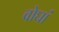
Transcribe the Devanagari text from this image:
वोघां